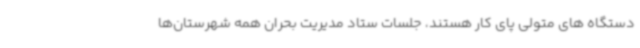
دستگاه های متولی پای کار هستند، جلسات ستاد مدیریت بحران همه شهرستان‌ها